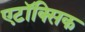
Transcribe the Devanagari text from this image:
एटॉक्सिक